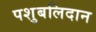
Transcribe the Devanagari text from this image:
पशुबलिदान